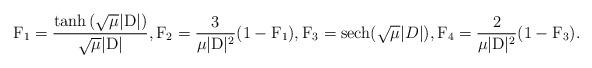
LaTeX: \begin{align*} \mathrm{F}_1 = \dfrac{\tanh{(\sqrt{\mu}|\mathrm{D}|)}}{\sqrt{\mu}|\mathrm{D}|},\mathrm{F}_2 = \frac{3}{\mu |\mathrm{D}|^2}(1- \mathrm{F}_1), \mathrm{F}_3 =\mathrm{sech}(\sqrt{\mu}|D|), \mathrm{F}_4 = \frac{2}{\mu |\mathrm{D}|^2}(1- \mathrm{F}_3). \end{align*}